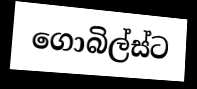
ගොබිල්ස්ට